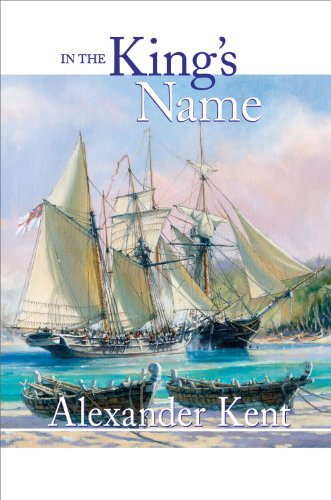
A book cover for In the King's Name (The Bolitho Novels); Alexander Kent; Literature & Fiction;